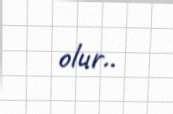
olur..